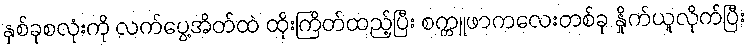
နှစ်ခုစလုံးကို လက်ပွေ့အိတ်ထဲ ထိုးကြိတ်ထည့်ပြီး စက္ကူဖာကလေးတစ်ခု နှိုက်ယူလိုက်ပြီး